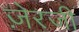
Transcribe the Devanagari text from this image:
ज़ेरजी